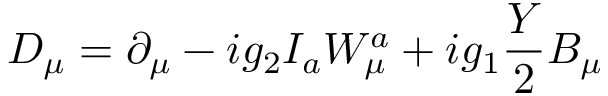
D _ { \mu } = \partial _ { \mu } - i g _ { 2 } I _ { a } W _ { \mu } ^ { a } + i g _ { 1 } \frac Y 2 B _ { \mu }